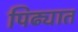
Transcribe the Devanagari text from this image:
पिढ्यात